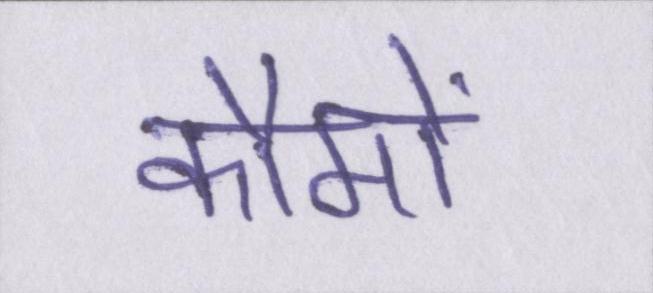
कौमों